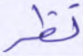
نظر